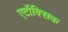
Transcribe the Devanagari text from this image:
एटॉक्सिक